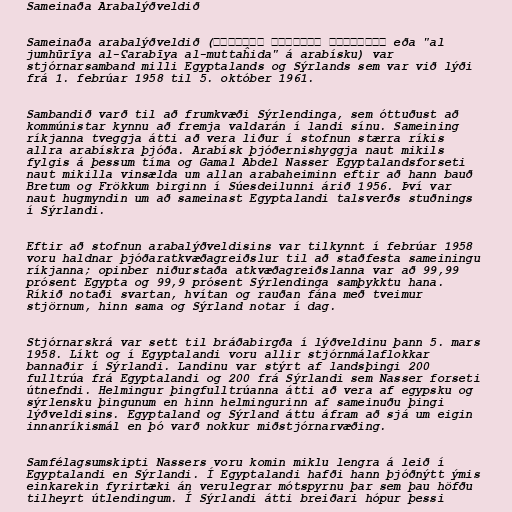
Sameinaða Arabalýðveldið

Sameinaða arabalýðveldið (لجمهورية العربية المتحدة eða "al
jumhūrīya al-ʕarabīya al-muttaĥida" á arabísku) var
stjórnarsamband milli Egyptalands og Sýrlands sem var við lýði
frá 1. febrúar 1958 til 5. október 1961.

Sambandið varð til að frumkvæði Sýrlendinga, sem óttuðust að
kommúnistar kynnu að fremja valdarán í landi sínu. Sameining
ríkjanna tveggja átti að vera liður í stofnun stærra ríkis
allra arabískra þjóða. Arabísk þjóðernishyggja naut mikils
fylgis á þessum tíma og Gamal Abdel Nasser Egyptalandsforseti
naut mikilla vinsælda um allan arabaheiminn eftir að hann bauð
Bretum og Frökkum birginn í Súesdeilunni árið 1956. Því var
naut hugmyndin um að sameinast Egyptalandi talsverðs stuðnings
í Sýrlandi.

Eftir að stofnun arabalýðveldisins var tilkynnt í febrúar 1958
voru haldnar þjóðaratkvæðagreiðslur til að staðfesta sameiningu
ríkjanna; opinber niðurstaða atkvæðagreiðslanna var að 99,99
prósent Egypta og 99,9 prósent Sýrlendinga samþykktu hana.
Ríkið notaði svartan, hvítan og rauðan fána með tveimur
stjörnum, hinn sama og Sýrland notar í dag.

Stjórnarskrá var sett til bráðabirgða í lýðveldinu þann 5. mars
1958. Líkt og í Egyptalandi voru allir stjórnmálaflokkar
bannaðir í Sýrlandi. Landinu var stýrt af landsþingi 200
fulltrúa frá Egyptalandi og 200 frá Sýrlandi sem Nasser forseti
útnefndi. Helmingur þingfulltrúanna átti að vera af egypsku og
sýrlensku þingunum en hinn helmingurinn af sameinuðu þingi
lýðveldisins. Egyptaland og Sýrland áttu áfram að sjá um eigin
innanríkismál en þó varð nokkur miðstjórnarvæðing.

Samfélagsumskipti Nassers voru komin miklu lengra á leið í
Egyptalandi en Sýrlandi. Í Egyptalandi hafði hann þjóðnýtt ýmis
einkarekin fyrirtæki án verulegrar mótspyrnu þar sem þau höfðu
tilheyrt útlendingum. Í Sýrlandi átti breiðari hópur þessi